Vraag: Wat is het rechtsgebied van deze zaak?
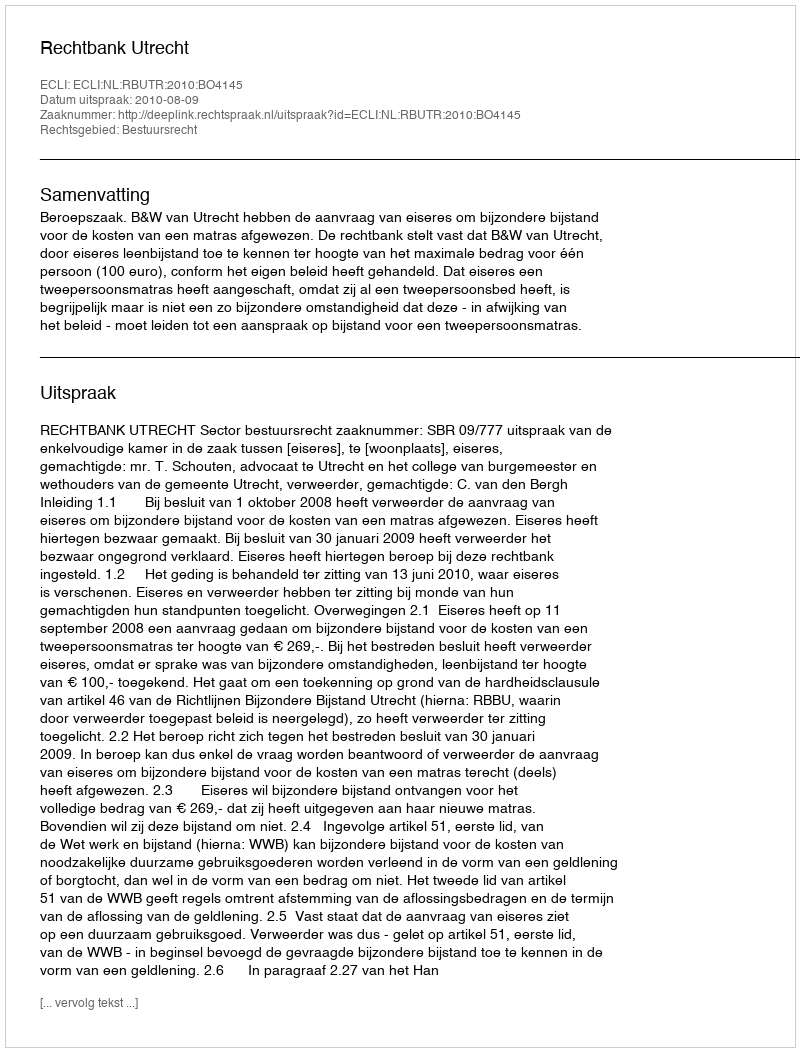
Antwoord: Bestuursrecht